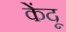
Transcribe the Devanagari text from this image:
केंदू